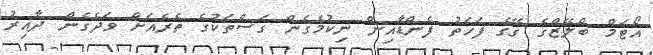
އޯޓަމް ބްލޭޒްގެ ގޭގެ ފަހަތު ފެންޑާއިން ނިކުމެގެން ގަސްތަކުގެ ތެރެއަށް ވަދެގެން ދާއިރު